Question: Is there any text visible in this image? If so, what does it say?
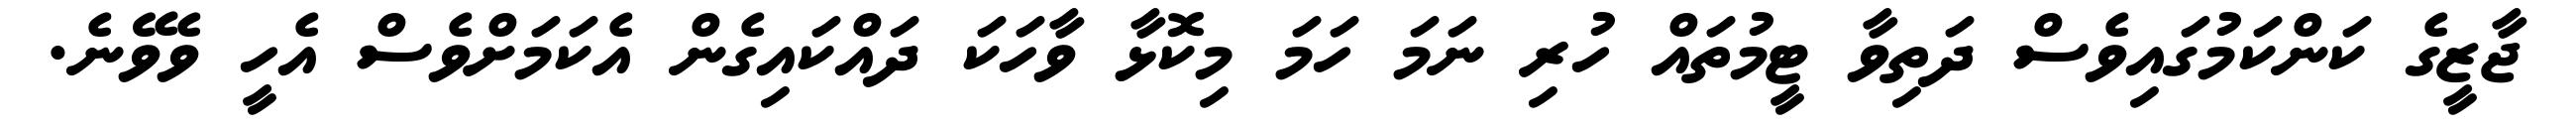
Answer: ޖާޒީގެ ކަންކަމުގައިވެސް ދަތިވާ ޓީމުތައް ހުރި ނަމަ ހަމަ މިކޮޅާ ވާހަކަ ދައްކައިގެން އެކަމަށްވެސް އެހީ ވެވޭނެ.